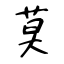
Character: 莫